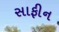
સાફીન